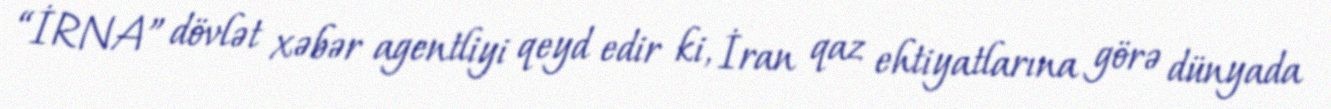
“İRNA” dövlət xəbər agentliyi qeyd edir ki, İran qaz ehtiyatlarına görə dünyada